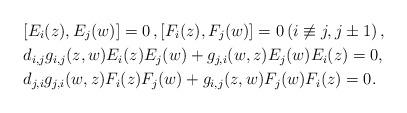
LaTeX: \begin{align*}&[E_i(z),E_j(w)]=0\,, [F_i(z),F_j(w)]=0\, (i\not\equiv j,j\pm1)\,,\\&d_{i,j}g_{i,j}(z,w)E_i(z)E_j(w)+g_{j,i}(w,z)E_j(w)E_i(z)=0, \\&d_{j,i}g_{j,i}(w,z)F_i(z)F_j(w)+g_{i,j}(z,w)F_j(w)F_i(z)=0.\end{align*}